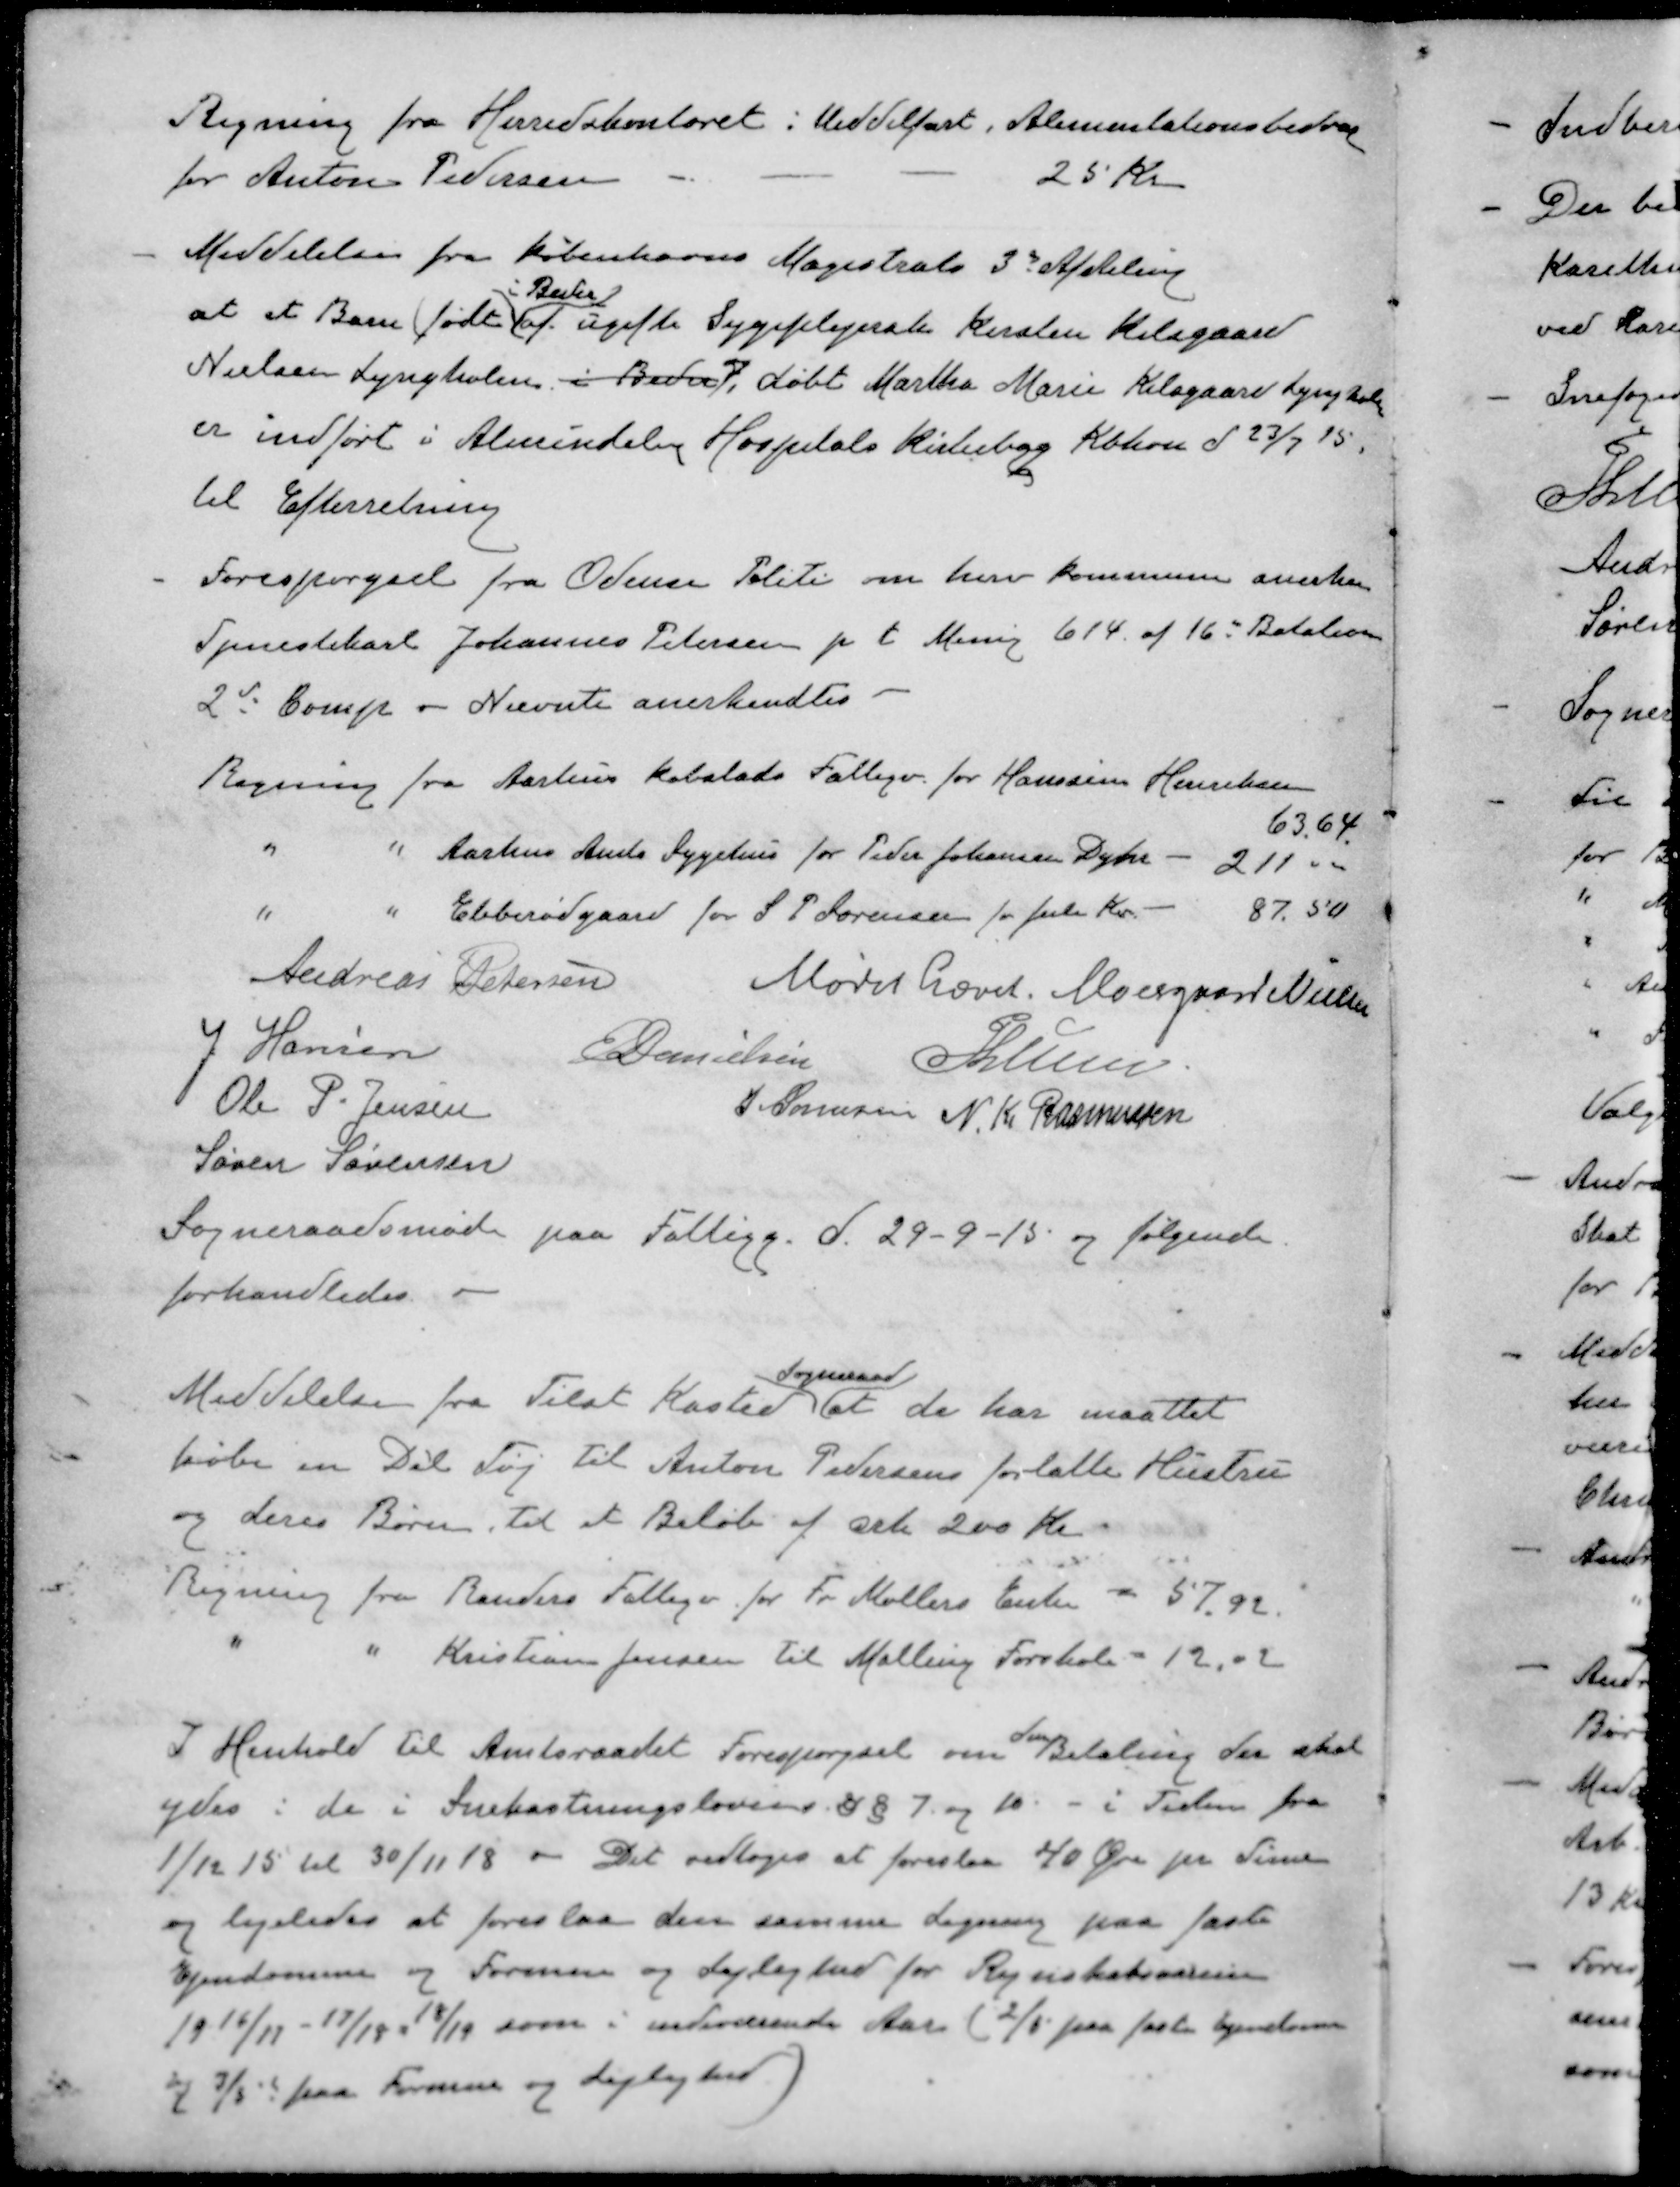
Transskription:
Regning fra Herredskontoret: Middelfart, Alimentationsbidrag
for Anton Pedersen
25 Kr
- 
Meddelelse fra Københavns Magistrats 3de Afdeling
i Beder
at et Barn født af ugifte Sygeplejerske Kirsten Kilsgaard
Nielsen Lyngholm i Beder, døbt Martha Marie Kilsgaard Lyngholm
er indført i Almindeling Hospitals Kisterbog Kbhvn d 23/7 15.
til Efterretning
-
Forespørgsel fra Odense Politi om herv Kommune anerken
Tjenestekarl Johannes Petersen p. t. Menig 614. af 16de Batalion
2d Comp - Nævnte anerkendtes
Regning fra Aarhus Købstads Fattigv. for Hanssine Henriksen
63.64
"
"
Aarhus Amts Sygehus for Peder Johansen Dyhr
211 00
"
"
Ebberødgaard for S P Sørensen for Juli Kv.
87.50
Andreas Petersen
Mødet hævet
Moesgaard Nielsen
J Hansen
E Danielsen
P Lunn
Ole P. Jensen
J Sørensen
N. K. Rasmussen
Søren Sørensen
Sogneraadsmøde paa Fattigg. d. 29-9-15 og følgende.
forhandledes.
Sogneraad
Meddelelse fra Tilst Kasted at de har maattet
købe en Del Tøj til Anton Pedersens forlatte Hustru
og deres Børn til et Beløb af crk 200 Kr.
Regning fra Randers Fattigv. for Fr Møllers Enke - 57,92
"
"
Kristian Jensen til Malling Forskole - 12,02
I Henhold til Amtsraadet Forespørgsel om Betaling der skal
ydes i de i Snekastningslovens §§ 7 og 10 - i Tiden fra
1/12 15 til 30/11 18. Det vedtoges at foreslaa 40 Øre pr Time
og ligeledes at foreslaa den samme Ligning paa faste
Ejendomme og Formue og Lejlighed for Regnskabsaarene
1916/17 - 17/18 - 18/19 som i indeværende Aar (2/5 paa fast Ejendom
og 3/5 paa Formue og Lejlighed)